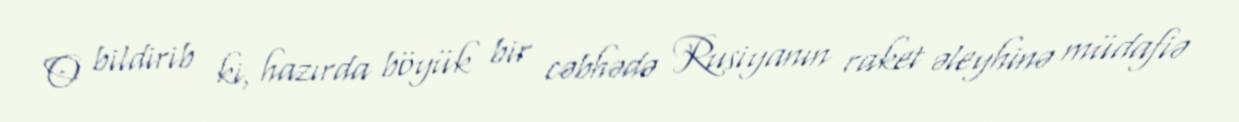
O bildirib ki, hazırda böyük bir cəbhədə Rusiyanın raket əleyhinə müdafiə